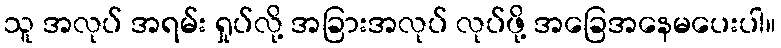
သူ အလုပ် အရမ်း ရှုပ်လို့ အခြားအလုပ် လုပ်ဖို့ အခြေအနေမပေးပါ။